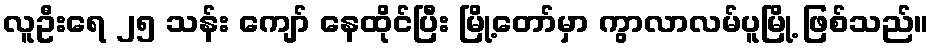
လူဦးရေ ၂၅ သန်း ကျော် နေထိုင်ပြီး မြို့တော်မှာ ကွာလာလမ်ပူမြို့ ဖြစ်သည်။